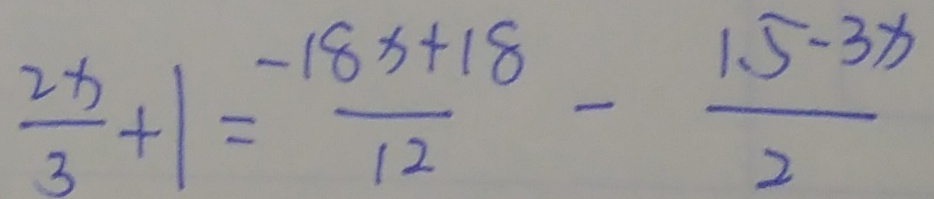
\frac { 2 x } { 3 } + 1 = \frac { - 1 8 x + 1 8 } { 1 2 } - \frac { 1 . 5 - 3 x } { 2 }